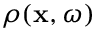
\rho ( \mathbf { x } , \omega )